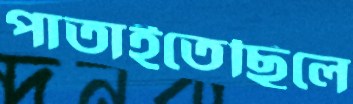
পাতাইতেছিলে